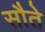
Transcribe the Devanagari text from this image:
सौते